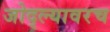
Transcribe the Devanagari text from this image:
जोद्ल्यावरच